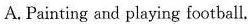
A. Painting and playing football.